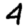
Digit: 4